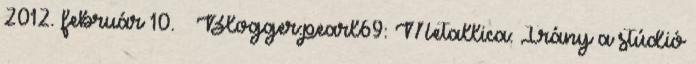
2012. február 10. ↑ Blogger:pearl69: Metallica: Irány a stúdió